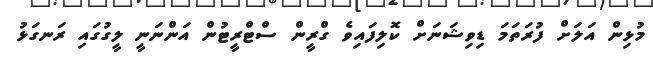
މުޅިން އަލަށް ފުރަތަމަ ޑިވިޝަނަށް ކޮލިފައިވެ ގްރީން ސްޓްރީޓުން އަންނަނީ ލީގުގައި ރަނގަޅު